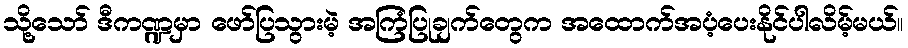
သို့သော် ဒီကဏ္ဍမှာ ဖော်ပြသွားမဲ့ အကြံပြုချက်တွေက အထောက်အပံ့ပေးနိုင်ပါလိမ့်မယ်။